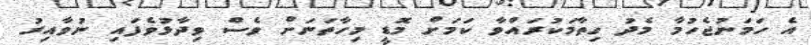
އެ ހަމަނުޖެހުމާ މެދު ހިތާމަކުރައްވާ ކަމަށް މޮޑީ މިހާތަނަށް ވެސް ވިދާޅުވެފައި ނުވާއިރު